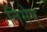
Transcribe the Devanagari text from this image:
निमेष्